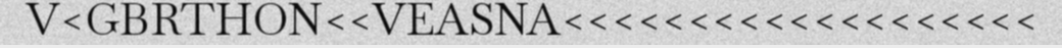
V<GBRTHON<<VEASNA<<<<<<<<<<<<<<<<<<<